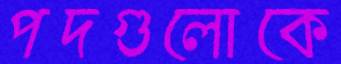
পদগুলোকে